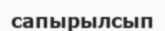
сапырылсып